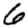
Digit: 6